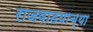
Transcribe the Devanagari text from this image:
राजवाडयाच्या